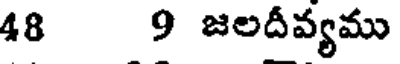
48 9 జలదీవ్యము